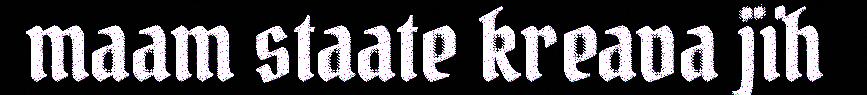
maam staate kreava jïh